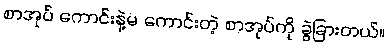
စာအုပ် ကောင်းနဲ့မ ကောင်းတဲ့ စာအုပ်ကို ခွဲခြားတယ်။